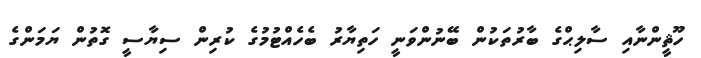
ހޫޘީންނާއި ސާލިޙްގެ ބާރުތަކުން ބޭނުންވަނީ ހަތިޔާރު ބެހެއްޓުމުގެ ކުރިން ސިޔާސީ ގޮތުން ޔަމަންގެ